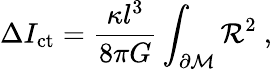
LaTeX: \Delta I_{\mathrm{ct}}={\frac{\kappa l^{3}}{8\pi G}}\int_{\partial{\cal M}}{\cal R}^{2}\ ,